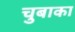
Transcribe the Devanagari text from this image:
चुबाका